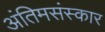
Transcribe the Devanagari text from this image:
अंतिमसंस्कार